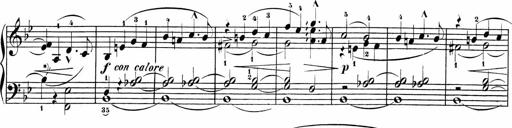
Title: Sonatinas
Composer: Andrew Violette